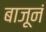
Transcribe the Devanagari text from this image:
बाजूनं